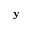
\mathbf { y }